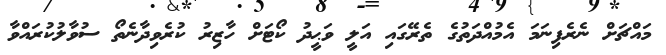
މައްޗަށް ނެރެފިނަމަ އެމުއްދަތުގެ ތެރޭގައި އަލީ ވަޙީދު ކޯޓަށް ހާޒިރު ކުރެވިދާނެތޯ ސުވާލުކުރައްވާ